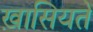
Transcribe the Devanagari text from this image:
ख़ासियतें